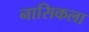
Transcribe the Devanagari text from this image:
नासिकला